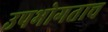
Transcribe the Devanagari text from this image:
उपभोगताच